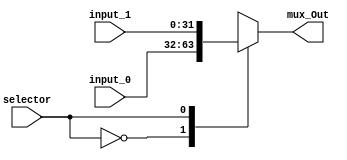
module Mux_2_Bit(
    input_0,
    input_1,
    selector,
    mux_Out
    );

    parameter DATA_WIDTH = 32;
    input [DATA_WIDTH -1:0] input_0;               
    input [DATA_WIDTH -1:0] input_1;                
    input selector;              
    output reg [DATA_WIDTH -1:0] mux_Out;
    
    always @ (*) begin
      case (selector)
        1'b0: 
          mux_Out = input_0;
        1'b1: 
          mux_Out = input_1;
        default: 
          mux_Out = 32'bx; 
      endcase
    end

endmodule